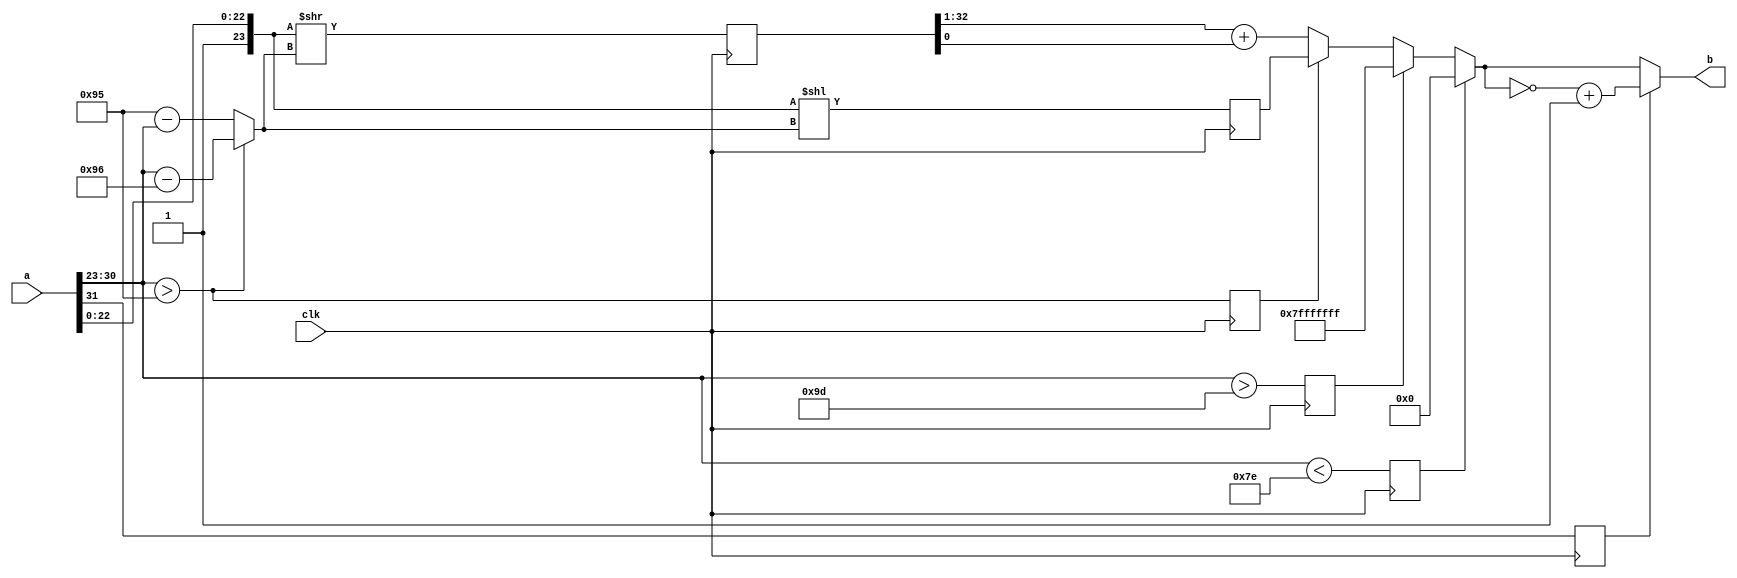
`timescale 1ns / 1ps
`default_nettype none
//////////////////////////////////////////////////////////////////////////////////
// Company: 
// 
// Design Name: ftoi
// Module Name: ftoi
// Project Name: C&P
// Target Devices: KCU105
// Tool Versions: 
// Description: 
// 
// Dependencies: 
// 
// Revision:
// Revision 0.01 - File Created
// Additional Comments:
// 
//////////////////////////////////////////////////////////////////////////////////


module ftoi_200(
    input wire clk,
    input wire [31:0] a,
    output wire [31:0] b
    );
    //wire s = a[31];
    wire [8-1:0] e = a[30:23];
    wire [23-1:0] m = a[22:0];
    wire [23:0] mi = {1'b1, m};
    wire over149 = e > 8'd149;
    wire [7:0] shift = over149 ? e - 8'd150 : 8'd149 - e;
    //wire [31:0] n0 = mi << shift;
    //wire [32:0] n1 = mi >> shift;
    reg [31:0] n0;
    reg [32:0] n1;
    reg s;
    reg over149_1;
    reg under126;
    reg over157;
    
    always @(posedge clk) begin
        n0 <= mi << shift;
        n1 <= mi >> shift;
        s <= a[31];
        over149_1 <= over149;
        under126 <= e < 8'd126;
        over157 <= e > 8'd157;
    end
    
    wire guard = n1[0];
    wire [31:0] n2 = (n1 >> 1) + guard;
    wire [31:0] b_pos = under126 ? 32'b0 : over157 ? 32'h7fffffff : over149_1 ? n0 : n2;
    wire [31:0] b_neg = ~b_pos + 1;
    assign b = s ? b_neg : b_pos;
endmodule
`default_nettype wire